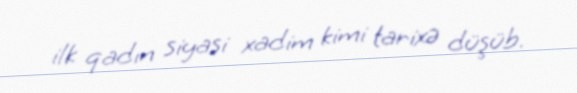
ilk qadın siyasi xadim kimi tarixə düşüb.